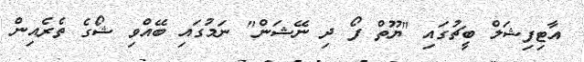
އާޓިފިޝަލް ބީޗުގައި "ޔޫތް ފޯ ދި ނޭޝަން" ނަމުގައި ބޭއްވި ޝޯގެ ތެރެއިން